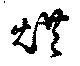
烘